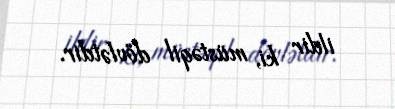
ildir ki, müstəqil dövlətdir.